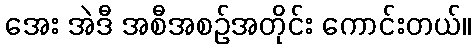
အေး အဲဒီ အစီအစဉ်အတိုင်း ကောင်းတယ်။